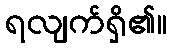
ရလျက်ရှိ၏။